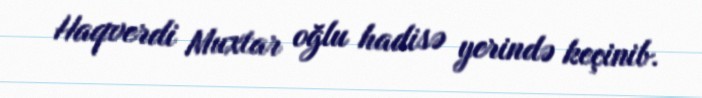
Haqverdi Muxtar oğlu hadisə yerində keçinib.